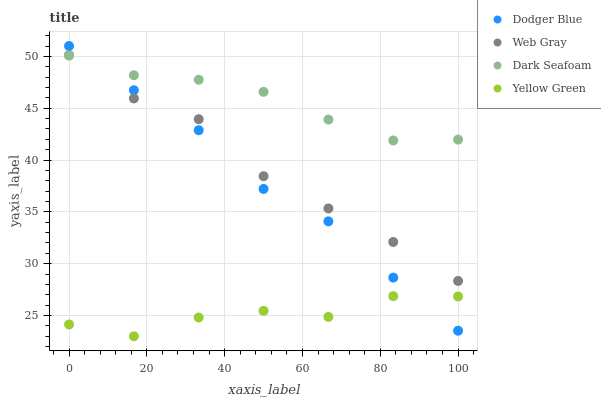
| xaxis_label | Dodger Blue | Web Gray | Dark Seafoam | Yellow Green |
 | --- | --- | --- | --- | --- |
 | 0 | 51 | 50.1 | 50.1 | 24.1 |
 | 16.7 | 46.7 | 45.9 | 48.2 | 23 |
 | 33.3 | 42.9 | 43.9 | 47.7 | 24.8 |
 | 50 | 37.2 | 38.4 | 46.6 | 25.4 |
 | 66.7 | 34.1 | 35.3 | 43.9 | 24.9 |
 | 83.3 | 28.7 | 32.1 | 41.9 | 26.9 |
 | 100 | 23.5 | 28.3 | 42 | 26.8 |